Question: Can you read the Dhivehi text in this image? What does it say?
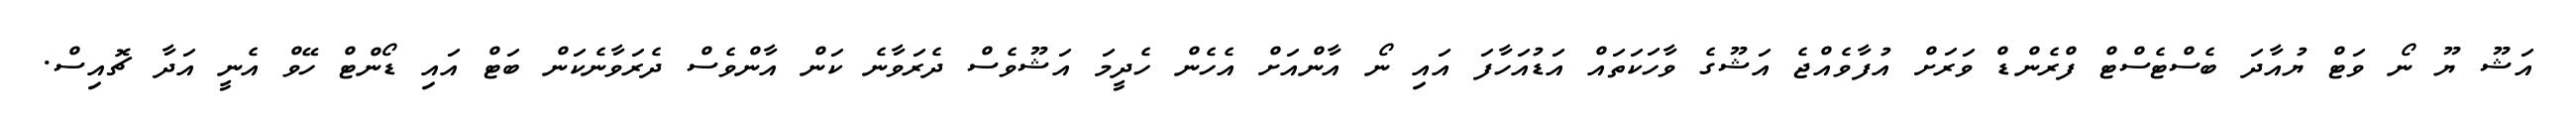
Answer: އަޝޫ ޔޫ ނޯ ވަޓް ޔުއާދަ ބެސްޓެސްޓް ފްރެންޑް ވަރަށް އުފާވެއްޖެ އަޝޫގެ ވާހަކަތައް އަޑުއަހާފަ އައި ނޯ އާންއަށް އެހެން ހެދީމަ އަޝޫވެސް ދެރަވާނެ ކަން އާންވެސް ދެރަވާނެކަން ބަޓް އައި ޑޯންޓް ހޭވް އެނީ އަދާ ޗޮއިސް.